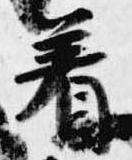
着